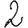
Digit: 2